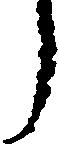
う